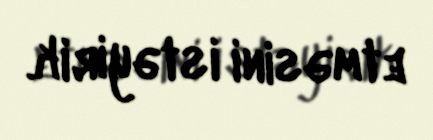
etməsini istəyirik.